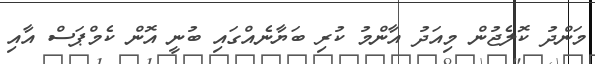
މަންދު ކޮލެޖުން މިއަދު އާންމު ކުރި ބަޔާނެއްގައި ބުނީ އޮން ކެމްޕަސް އާއި